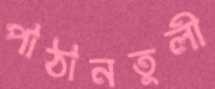
পাঠানতুলী